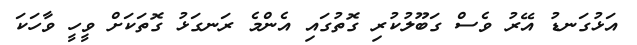
އަޅުގަނޑު އޭރު ވެސް ގަބޫލުކުރި ގޮތުގައި އެންމެ ރަނގަޅު ގޮތަކަށް ވީހީ ވާހަކަ